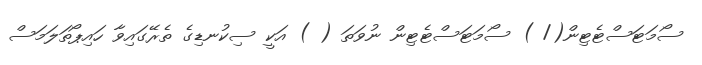
ސޯމަޓަސްޓެޓިން(/ ) ސޯމަޓަސްޓެޓިން ނުވަތަ ( ) އަކީ ސިކުނޑިގެ ތެރޭގައިވާ ހައިޕޯތަލަމަސް